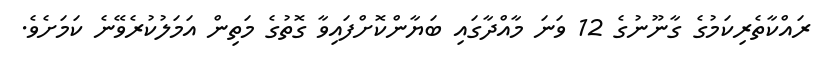
ރައްކާތެރިކަމުގެ ގާނޫނުގެ 12 ވަނަ މާއްދާގައި ބަޔާންކޮށްފައިވާ ގޮތުގެ މަތިން އަމަލުކުރެވޭނެ ކަަމަށެވެ.